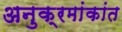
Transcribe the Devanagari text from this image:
अनुक्रमांकांत